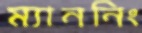
ম্যাননিং